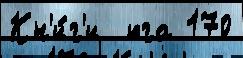
Кн'и́г'и  юга 170